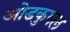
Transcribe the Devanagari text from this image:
ओडकुषल